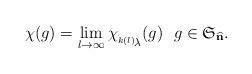
LaTeX: \begin{align*}\chi(g)=\lim_{l\to\infty}\chi_{_{^{k(l)}\!{\scriptstyle\lambda}}}(g)~~g\in\mathfrak{S}_{\widehat{\mathbf{n}}}.\end{align*}